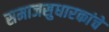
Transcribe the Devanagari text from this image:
समाजसुधारकांचे